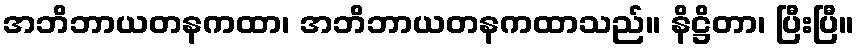
အဘိဘာယတနကထာ၊ အဘိဘာယတနကထာသည်။ နိဋ္ဌိတာ၊ ပြီးပြီ။